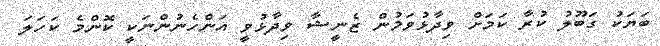
ބަޔަކު ގަބޫލު ކުރާ ކަމަށް ވިދާޅުވަމުން ޒެނީޝާ ވިދާޅުވީ އަންހެނުންނަކީ ކޮންމެ ކަހަލަ